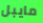
مايبل